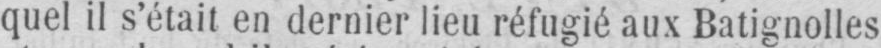
quel il s’était en dernier lieu réfugié aux Batignolles